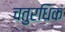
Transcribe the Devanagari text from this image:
चतुरधिकं